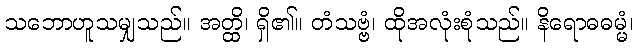
သဘောဟူသမျှသည်။ အတ္ထိ၊ ရှိ၏။ တံသဗ္ဗံ၊ ထိုအလုံးစုံသည်။ နိရောဓဓမ္မံ၊